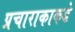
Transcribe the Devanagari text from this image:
प्रचाराकाकडे